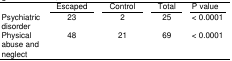
<table><thead><tr><td>[EMPTY_CELL]</td><td><b>Escaped</b></td><td><b>Control</b></td><td><b>Total</b></td><td><b>P</b></td></tr></thead><tbody><tr><td>Psychiatric disorder</td><td>23</td><td>2</td><td>25</td><td>&lt; 0.0001</td></tr><tr><td>Physical abuse and neglect</td><td>48</td><td>21</td><td>69</td><td>&lt; 0.0001</td></tr></tbody></table>